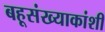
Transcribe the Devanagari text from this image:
बहूसंख्याकांशी